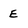
Character: E